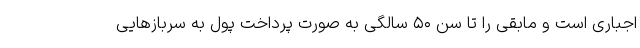
اجباری است و مابقی را تا سن ۵۰ سالگی به صورت پرداخت پول به سربازهایی